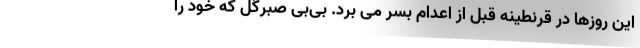
این روزها در قرنطینه قبل از اعدام بسر می برد. بی‌بی صبرگل که خود را